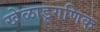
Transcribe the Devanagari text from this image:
खेळाडूगणिक